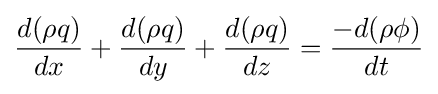
{\frac {d(\rho q)}{dx}}+{\frac {d(\rho q)}{dy}}+{\frac {d(\rho q)}{dz}}={\frac {-d(\rho \phi )}{dt}}